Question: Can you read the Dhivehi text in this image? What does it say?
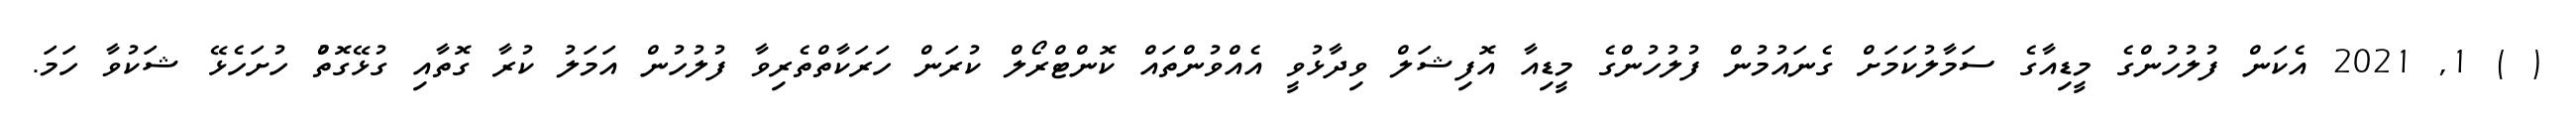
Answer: ( ) 1, 2021 އެކަން ފުލުހުންގެ މީޑިއާގެ ސަމާލުކަމަށް ގެނައުމުން ފުލުހުންގެ މީޑިއާ އޮފިޝަލް ވިދާޅުވީ އެއްވުންތައް ކޮންޓްރޯލް ކުރަން ހަރަކާތްތެރިވާ ފުލުހުން އަމަލު ކުރާ ގޮތާއި ގުޅޭގޮތުް ހުށަހެޅޭ ޝަކުވާ ހަމަ.